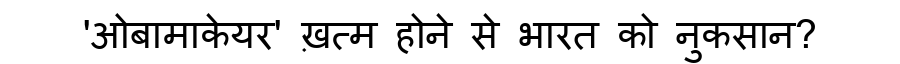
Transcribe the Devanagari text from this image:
'ओबामाकेयर' ख़त्म होने से भारत को नुकसान?